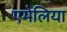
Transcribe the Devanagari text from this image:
एमेलिया